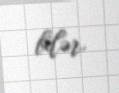
bilər.